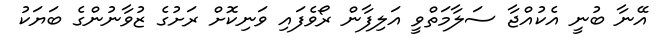
އޭނާ ބުނީ އެކުއްޖާ ސަލާމަތްވީ އަލިފާން ރޯވެފައި ވަނިކޮށް ރަށުގެ ޒުވާނުންގެ ބަޔަކު